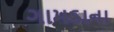
ગામડાના